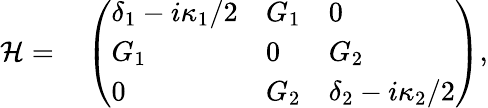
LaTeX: \begin{array}{rl}{\mathcal{H}=}&{{}\left(\begin{array}{lll}{\delta_{1}-i\kappa_{1}/2}&{G_{1}}&{0}\\ {G_{1}}&{0}&{G_{2}}\\ {0}&{G_{2}}&{\delta_{2}-i\kappa_{2}/2}\end{array}\right),}\end{array}